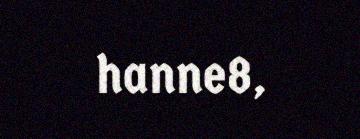
hanne8,